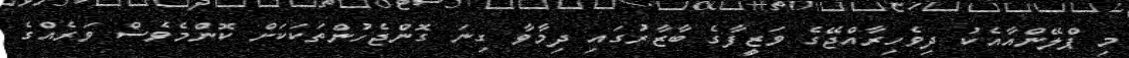
މި ޕްލޭންއާއެކު ދިވެހިރާއްޖޭގެ ވަޒީފާގެ ބާޒާރުގައި ދިމާވާ ގިނަ ގޮންޖެހުންތަކަކަށް ކޮންމެވެސް ވަރެއްގެ